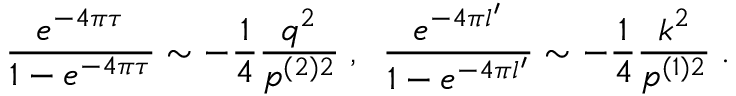
\frac { e ^ { - 4 \pi \tau } } { 1 - e ^ { - 4 \pi \tau } } \sim - \frac 1 4 \frac { q ^ { 2 } } { p ^ { ( 2 ) 2 } } \; , \; \; \frac { e ^ { - 4 \pi l ^ { \prime } } } { 1 - e ^ { - 4 \pi l ^ { \prime } } } \sim - \frac 1 4 \frac { k ^ { 2 } } { p ^ { ( 1 ) 2 } } \; .